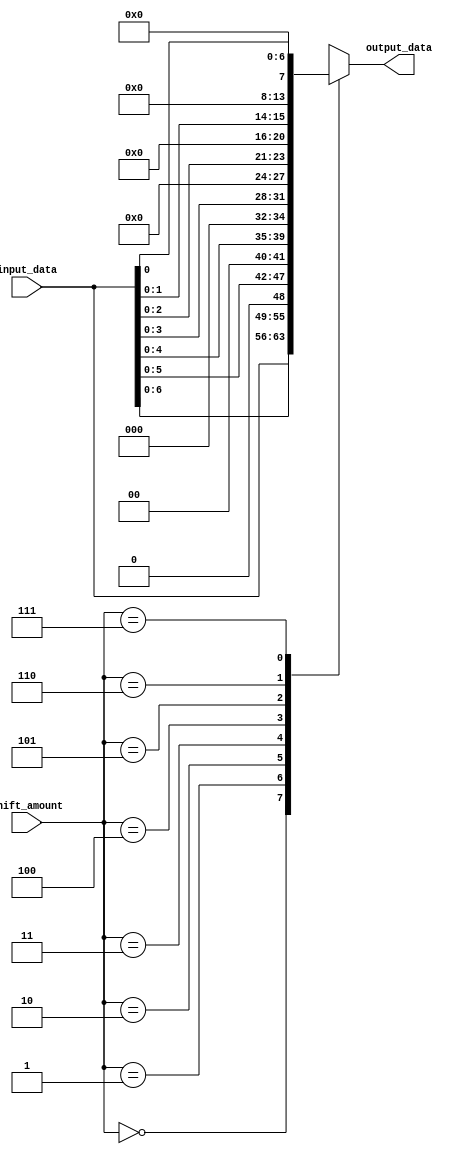
module barrel_shifter(
    input wire [7:0] input_data,
    input wire [2:0] shift_amount,
    output reg [7:0] output_data
);

always @ (*)
    case (shift_amount)
        3'b000: output_data = input_data;
        3'b001: output_data = input_data << 1;
        3'b010: output_data = input_data << 2;
        3'b011: output_data = input_data << 3;
        3'b100: output_data = input_data << 4;
        3'b101: output_data = input_data << 5;
        3'b110: output_data = input_data << 6;
        3'b111: output_data = input_data << 7;
    endcase

endmodule